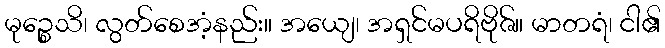
မုဉ္စေသိ၊ လွတ်စေအံ့နည်း။ အယျေ၊ အရှင်မပရိဗိုဇ်။ မာတရံ၊ ငါ၏